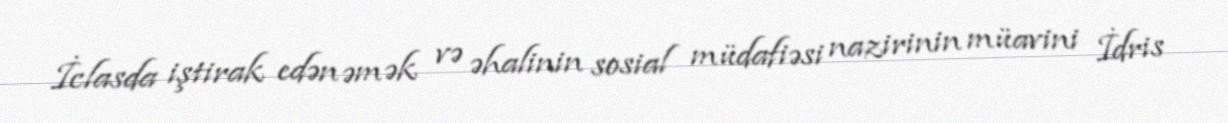
İclasda iştirak edən əmək və əhalinin sosial müdafiəsi nazirinin müavini İdris